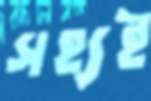
সহ্যই